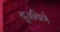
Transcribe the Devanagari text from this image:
बुजविणे